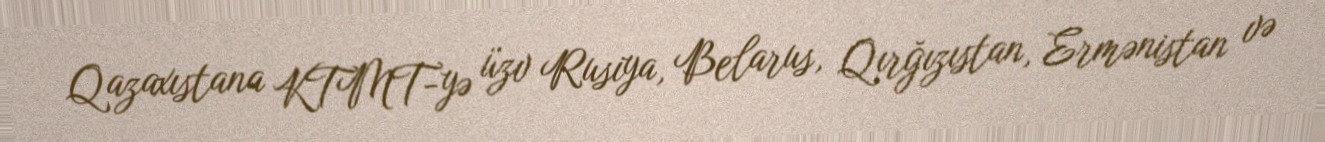
Qazaxıstana KTMT-yə üzv Rusiya, Belarus, Qırğızıstan, Ermənistan və